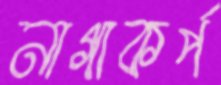
নাগাকর্প